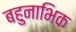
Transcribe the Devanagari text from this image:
बहुनाभिक